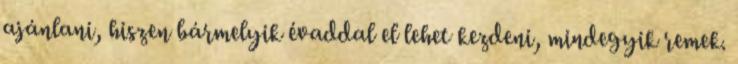
ajánlani, hiszen bármelyik évaddal el lehet kezdeni, mindegyik remek.